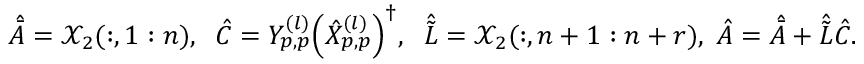
\begin{array} { r } { \hat { \bar { A } } = \mathcal { X } _ { 2 } ( : , 1 : n ) , \; \; \hat { C } = Y _ { p , p } ^ { ( l ) } \Big ( \hat { X } _ { p , p } ^ { ( l ) } \Big ) ^ { \dagger } , \; \; \hat { \tilde { L } } = \mathcal { X } _ { 2 } ( : , n + 1 : n + r ) , \; \hat { A } = \hat { \bar { A } } + \hat { \tilde { L } } \hat { C } . } \end{array}